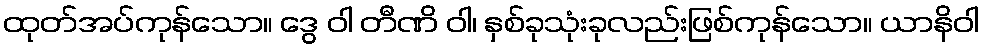
ထုတ်အပ်ကုန်သော။ ဒွေ ဝါ တီဏိ ဝါ၊ နှစ်ခုသုံးခုလည်းဖြစ်ကုန်သော။ ယာနိဝါ